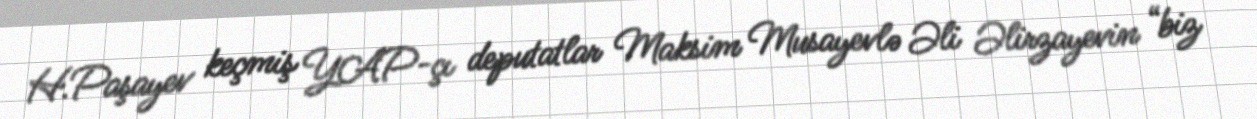
H.Paşayev keçmiş YAP-çı deputatlar Maksim Musayevlə Əli Əlirzayevin “biz